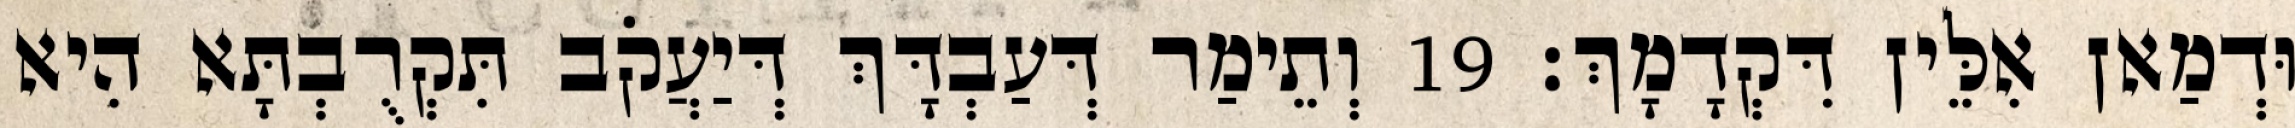
וּדְמַאן אִלֵּין דִּקְדָמָךְ׃ 19 וְתֵימַר דְּעַבְדָּךְ דְּיַעֲקֹב תִּקְרֻבְתָּא הִיא